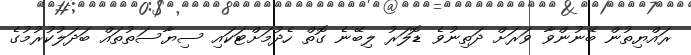
ރައްޔިތުން ބޭނުންވާ ވަރަށް ދަތިނުވެ ޑޮލަރު ލިބޭނެ ގޮތް ހެދުމަށްޓަކައި ސިޔާސަތުތައް ބަދަލުކުރުމުގެ